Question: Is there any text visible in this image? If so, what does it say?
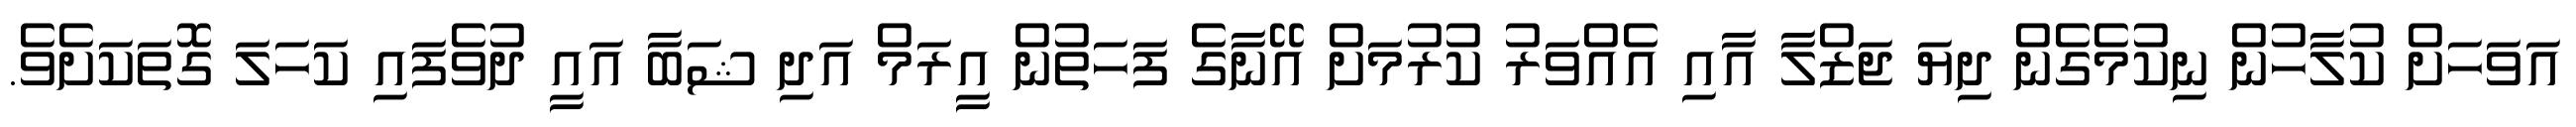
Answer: އަވަހަށް ކުލާހުން ނިކުމެގެން ދިޔަ ޖަޒްލާ އާއި އެއްވަރު ކުރުމަށް އޭނާގެ ފަހަތުން އީރަމް އަދި ޝަބާ އައީ ދުވެފައި ކަހަލަ ގޮތަކަށެވެ.